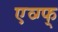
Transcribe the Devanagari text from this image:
एव्ग्फ्